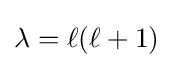
\lambda =\ell (\ell +1)